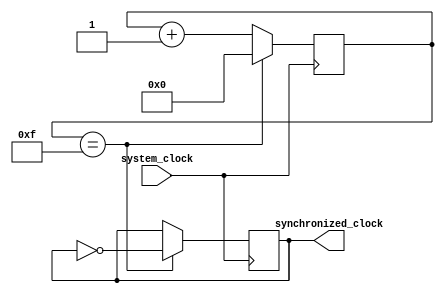
module timing_control_and_synchronization (
    input wire system_clock,
    output reg synchronized_clock
);

reg [3:0] count;

always @(posedge system_clock) begin
    if (count == 4'b1111) begin
        synchronized_clock <= ~synchronized_clock;
        count <= 4'b0000;
    end else begin
        count <= count + 1;
    end
end

endmodule